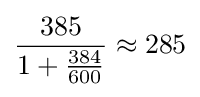
{\frac {385}{1+{\frac {384}{600}}}}\approx 285